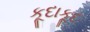
કૂદાકૂદ